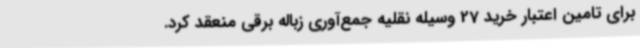
برای تامین اعتبار خرید 27 وسیله نقلیه جمع‌آوری زباله برقی منعقد کرد.